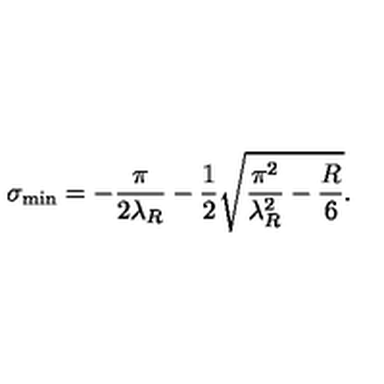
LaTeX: \sigma _ { \mathrm { m i n } } = - \frac { \pi } { 2 \lambda _ { R } } - \frac { 1 } { 2 } \sqrt { \frac { \pi ^ { 2 } } { \lambda _ { R } ^ { 2 } } - \frac { R } { 6 } } .